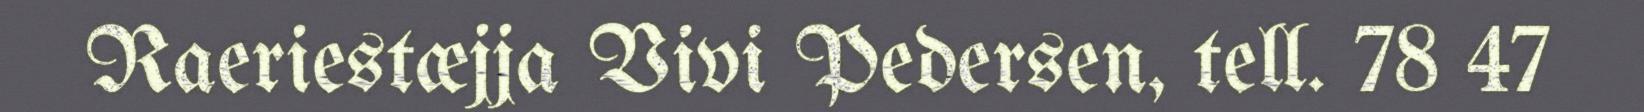
Raeriestæjja Vivi Pedersen, tell. 78 47